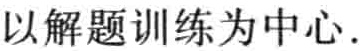
以解题训练为中心.